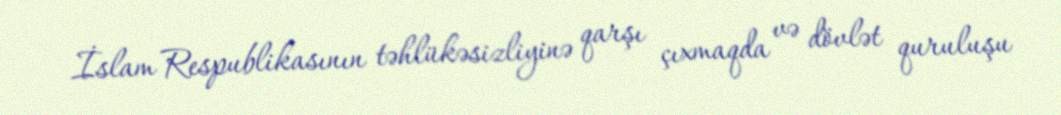
İslam Respublikasının təhlükəsizliyinə qarşı çıxmaqda və dövlət quruluşu